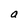
Character: a